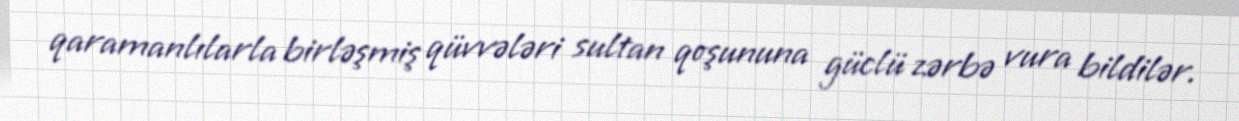
qaramanlılarla birləşmiş qüvvələri sultan qoşununa güclü zərbə vura bildilər.